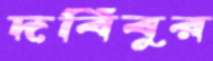
দবিবুর